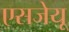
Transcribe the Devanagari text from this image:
एसजेयू